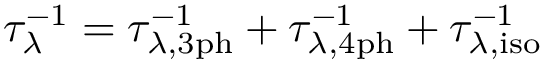
\tau _ { \lambda } ^ { - 1 } = \tau _ { \lambda , \mathrm { { 3 p h } } } ^ { - 1 } + \tau _ { \lambda , \mathrm { { 4 p h } } } ^ { - 1 } + \tau _ { \lambda , \mathrm { i s o } } ^ { - 1 }